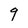
Character: q